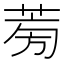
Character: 𦱘